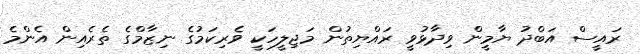
ރައީސް އަބްދު ޔާމީން ވިދާޅުވީ ރައްޔިތުން މަޖިލީހަކީ ވެރިކަމުގެ ނިޒާމްގެ ތެރެއިން އެންމެ